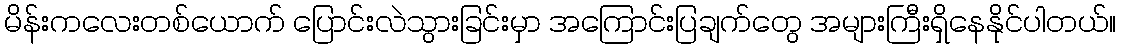
မိန်းကလေးတစ်ယောက် ပြောင်းလဲသွားခြင်းမှာ အကြောင်းပြချက်တွေ အများကြီးရှိနေနိုင်ပါတယ်။